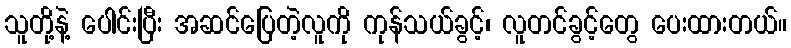
သူတို့နဲ့ ပေါင်းပြီး အဆင်ပြေတဲ့လူကို ကုန်သယ်ခွင့်၊ လူတင်ခွင့်တွေ ပေးထားတယ်။